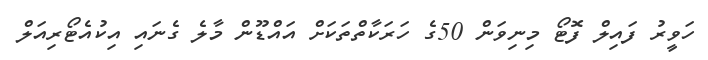
ހަވީރު ފައިލް ފޮޓޯ މިނިވަން 50ގެ ހަރަކާތްތަކަށް އައްޑޫން މާލެ ގެނައި އިކުއެޓޯރިއަލް